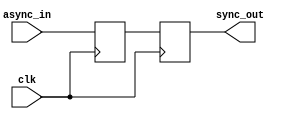
module ms_flip_flop_synchronizer (
    input wire clk,            // Clock signal
    input wire async_in,       // Asynchronous input signal
    output reg sync_out        // Synchronized output signal
);

// Intermediate signal for the master flip-flop output
reg master_out;

// Master Flip-Flop: Captures the input signal on the rising edge of the clock
always @(posedge clk) begin
    master_out <= async_in;   // Sample input signal
end

// Slave Flip-Flop: Captures the master output on the falling edge of the clock
always @(negedge clk) begin
    sync_out <= master_out;    // Transfer the master output to the synchronized output
end

endmodule